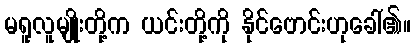
မရူလူမျိုးတို့က ယင်းတို့ကို နိုင်ဗောင်းဟုခေါ်၏။